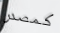
كمصدر